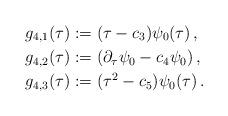
LaTeX: \begin{align*} g_{4,1} (\tau) & := (\tau -c_3) \psi_0 (\tau) \,, \\ g_{4,2} (\tau) & := (\partial_ \tau \psi_0 - c_4 \psi_0)\,, \\g_{4,3} (\tau) & := (\tau^2 -c_5) \psi_0 (\tau)\,. \\\end{align*}